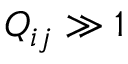
Q _ { i j } \gg 1